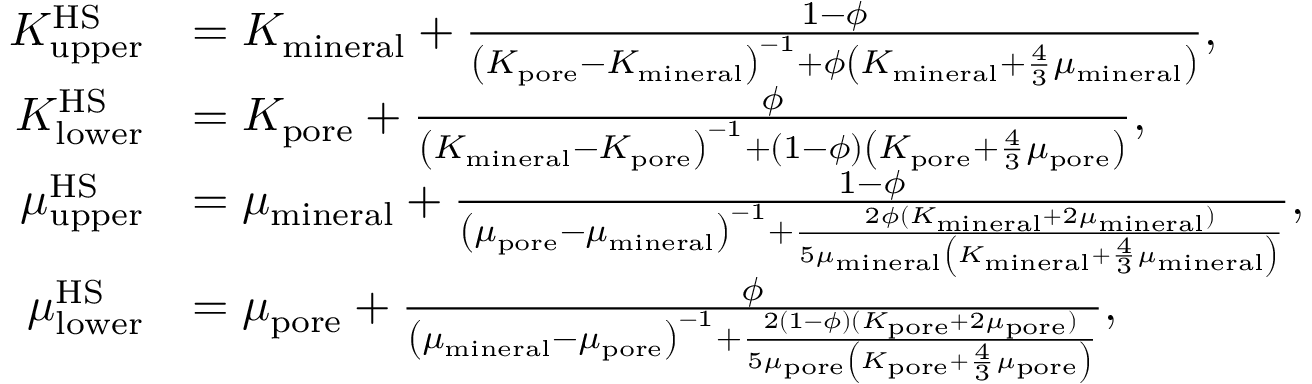
\begin{array} { r l } { K _ { \mathrm { u p p e r } } ^ { \mathrm { H S } } } & { = K _ { \mathrm { m i n e r a l } } + \frac { 1 - \phi } { \left( K _ { \mathrm { p o r e } } - K _ { \mathrm { m i n e r a l } } \right) ^ { - 1 } + \phi \left( K _ { \mathrm { m i n e r a l } } + \frac { 4 } { 3 } \mu _ { \mathrm { m i n e r a l } } \right) } , } \\ { K _ { \mathrm { l o w e r } } ^ { \mathrm { H S } } } & { = K _ { \mathrm { p o r e } } + \frac { \phi } { \left( K _ { \mathrm { m i n e r a l } } - K _ { \mathrm { p o r e } } \right) ^ { - 1 } + \left( 1 - \phi \right) \left( K _ { \mathrm { p o r e } } + \frac { 4 } { 3 } \mu _ { \mathrm { p o r e } } \right) } , } \\ { \mu _ { \mathrm { u p p e r } } ^ { \mathrm { H S } } } & { = \mu _ { \mathrm { m i n e r a l } } + \frac { 1 - \phi } { \left( \mu _ { \mathrm { p o r e } } - \mu _ { \mathrm { m i n e r a l } } \right) ^ { - 1 } + \frac { 2 \phi ( K _ { \mathrm { m i n e r a l } } + 2 \mu _ { \mathrm { m i n e r a l } } ) } { 5 \mu _ { \mathrm { m i n e r a l } } \left( K _ { \mathrm { m i n e r a l } } + \frac { 4 } { 3 } \mu _ { \mathrm { m i n e r a l } } \right) } } , } \\ { \mu _ { \mathrm { l o w e r } } ^ { \mathrm { H S } } } & { = \mu _ { \mathrm { p o r e } } + \frac { \phi } { \left( \mu _ { \mathrm { m i n e r a l } } - \mu _ { \mathrm { p o r e } } \right) ^ { - 1 } + \frac { 2 ( 1 - \phi ) ( K _ { \mathrm { p o r e } } + 2 \mu _ { \mathrm { p o r e } } ) } { 5 \mu _ { \mathrm { p o r e } } \left( K _ { \mathrm { p o r e } } + \frac { 4 } { 3 } \mu _ { \mathrm { p o r e } } \right) } } , } \end{array}